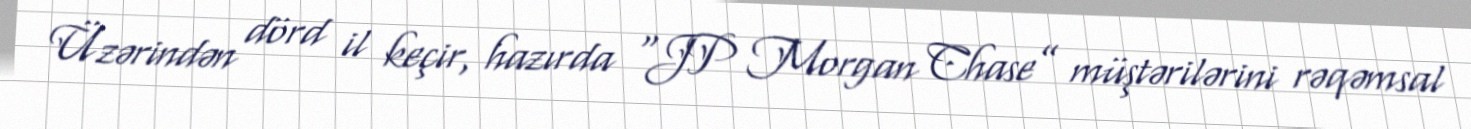
Üzərindən dörd il keçir, hazırda “JP Morgan Chase” müştərilərini rəqəmsal